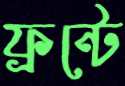
ফ্রন্টে